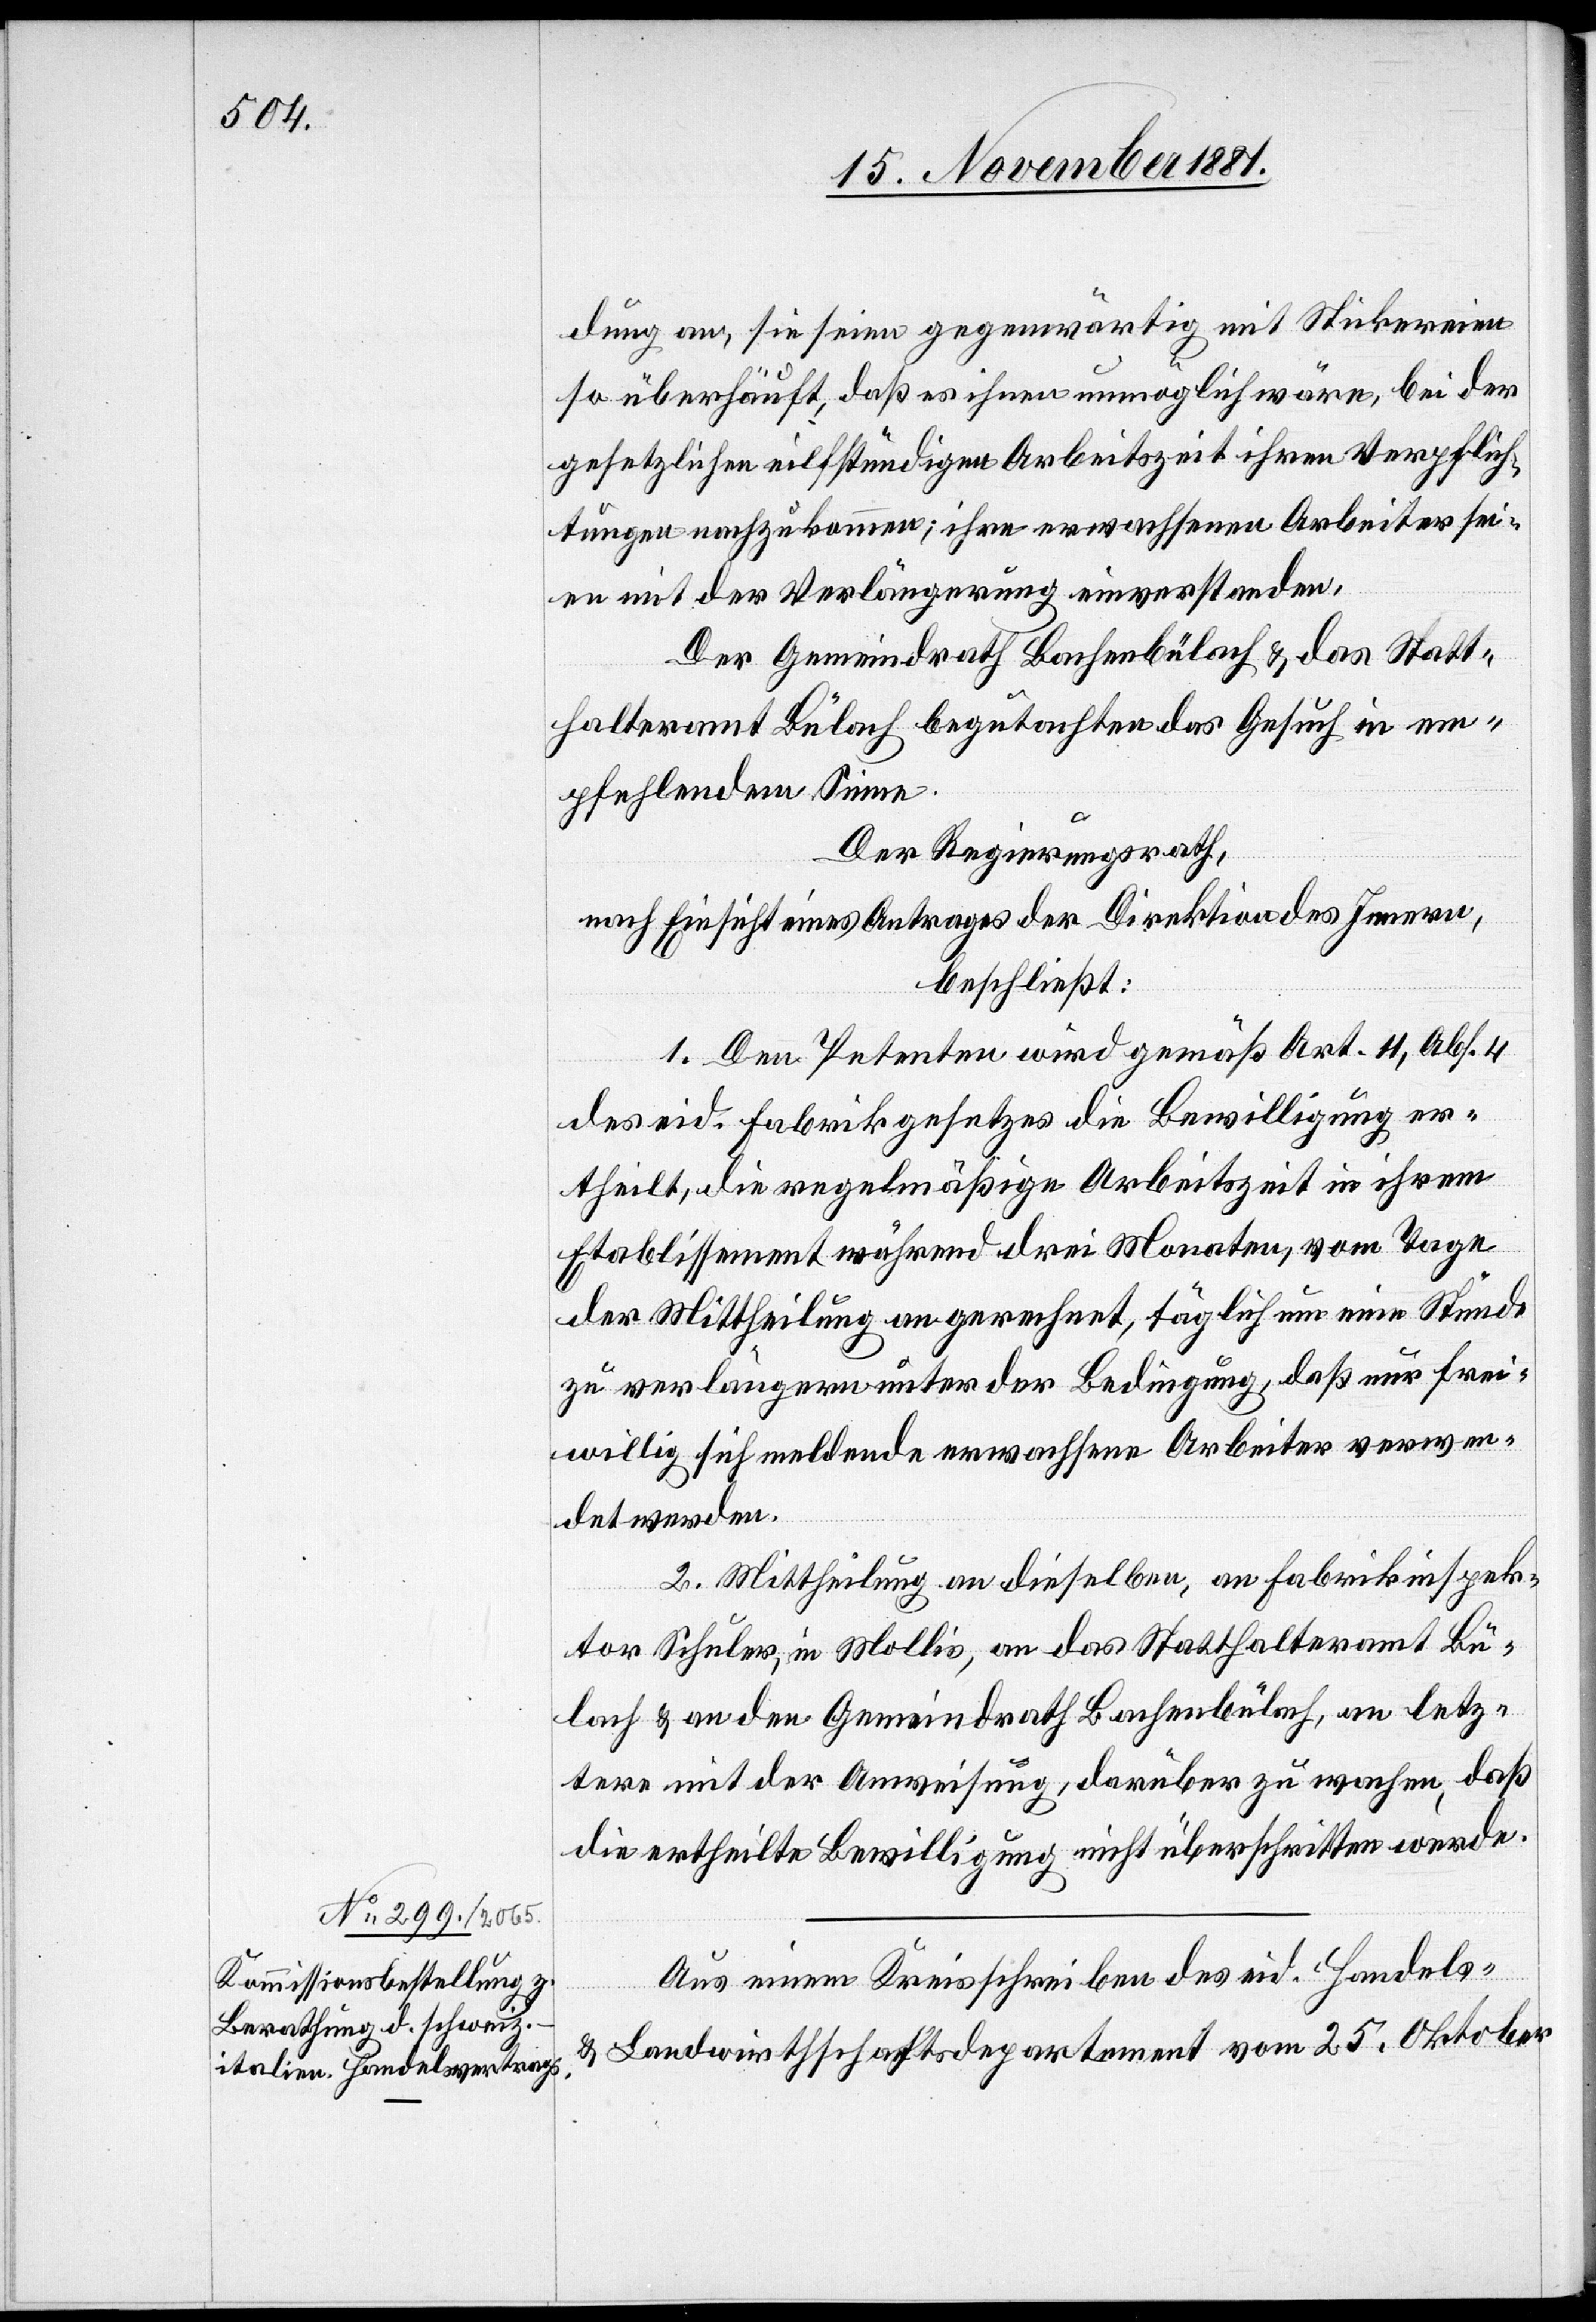
dung an, sie seien gegenwärtig mit Stickereien
so überhäuft, daß es ihnen unmöglich wäre, bei der
gesetzlichen eilfstündigen [sic!] Arbeitszeit ihren Verpflich¬
tungen nachzukommen; ihre erwachsenen Arbeiter sei¬
en mit der Verlängerung einverstanden.
Der Gemeindrath Bachenbülach & das Statt¬
halteramt Bülach begutachten das Gesuch in em¬
pfehlendem Sinne.
Der Regierungsrath,
nach Einsicht eines Antrages der Direktion des Innern,
beschließt:
1. Den Petenten wird gemäß Art. 11, Abs. 4
des eid. Fabrikgesetzes die Bewilligung er¬
theilt, die regelmäßige Arbeitszeit in ihrem
Etablissement während drei Monaten, vom Tage
der Mittheilung an gerechnet, täglich um eine Stunde
zu verlängern unter der Bedingung, daß nur frei¬
willig sich meldende erwachsene Arbeiter verwen¬
det werden.
2. Mittheilung an dieselben, an Fabrikinspek¬
tor Schuler, in Mollis, an das Statthalteramt Bü¬
lach und an den Gemeindrath Bachenbülach, an letz¬
tere mit der Anweisung, darüber zu wachen, daß
die ertheilte Bewilligung nicht überschritten werde.
Aus einem Kreisschreiben des eid. Handels-
& Landwirthschaftsdepartement vom 25. Oktober